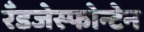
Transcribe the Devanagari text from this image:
रँडजेस्फोन्टेन